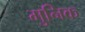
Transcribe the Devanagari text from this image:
मुनिक